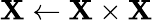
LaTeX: \mathbf{X}\gets\mathbf{X}\times\mathbf{X}